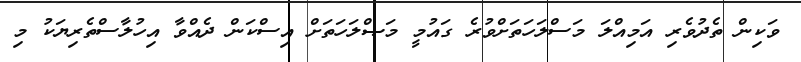
ވަކިން ތެދުވެރި އަމިއްލަ މަސްލަހަތަށްވުރެ ގައުމީ މަޞްލަހަތަށް އިސްކަން ދެއްވާ އިހުލާސްތެރިޔަކު މި